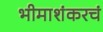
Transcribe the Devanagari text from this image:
भीमाशंकरचं